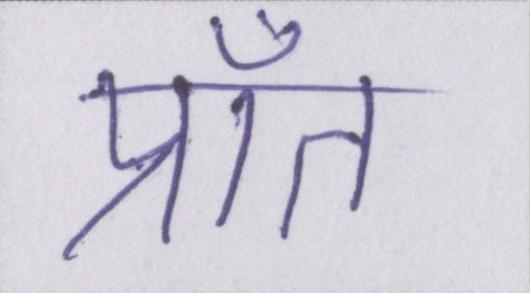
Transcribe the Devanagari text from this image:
प्राँत